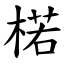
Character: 楉